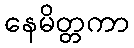
နေမိတ္တကာ